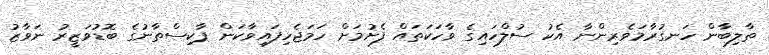
ތާލިބާން ހަނގުރާމަވެރިންނާ އެކު ސުލްހައިގެ ވާހަކަތައް ފެށުމަށް ހަމަޖެހިފައިވާކަން ޕާކިސްތާނުގެ ބޮޑުވަޒީރު ނަވާޒު